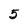
Character: 5